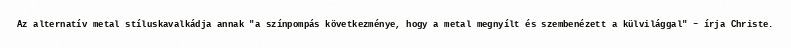
Az alternatív metal stíluskavalkádja annak "a színpompás következménye, hogy a metal megnyílt és szembenézett a külvilággal" – írja Christe.